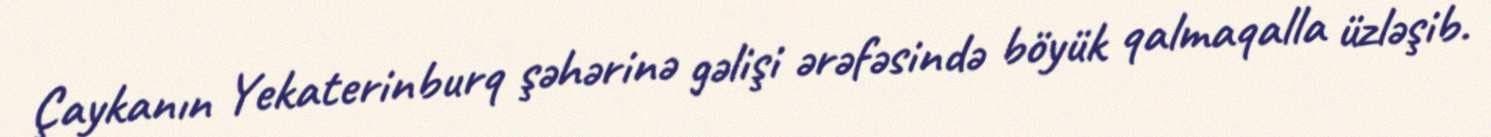
Çaykanın Yekaterinburq şəhərinə gəlişi ərəfəsində böyük qalmaqalla üzləşib.